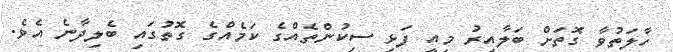
ހާލަތުވާ ގޮތަށް ބަލާއިރު މިއީ ފަޅި ސިކުންތެއްގެ ކަމެއްގެ ގޮތުގައި ބެލިދާނެ އެވެ.